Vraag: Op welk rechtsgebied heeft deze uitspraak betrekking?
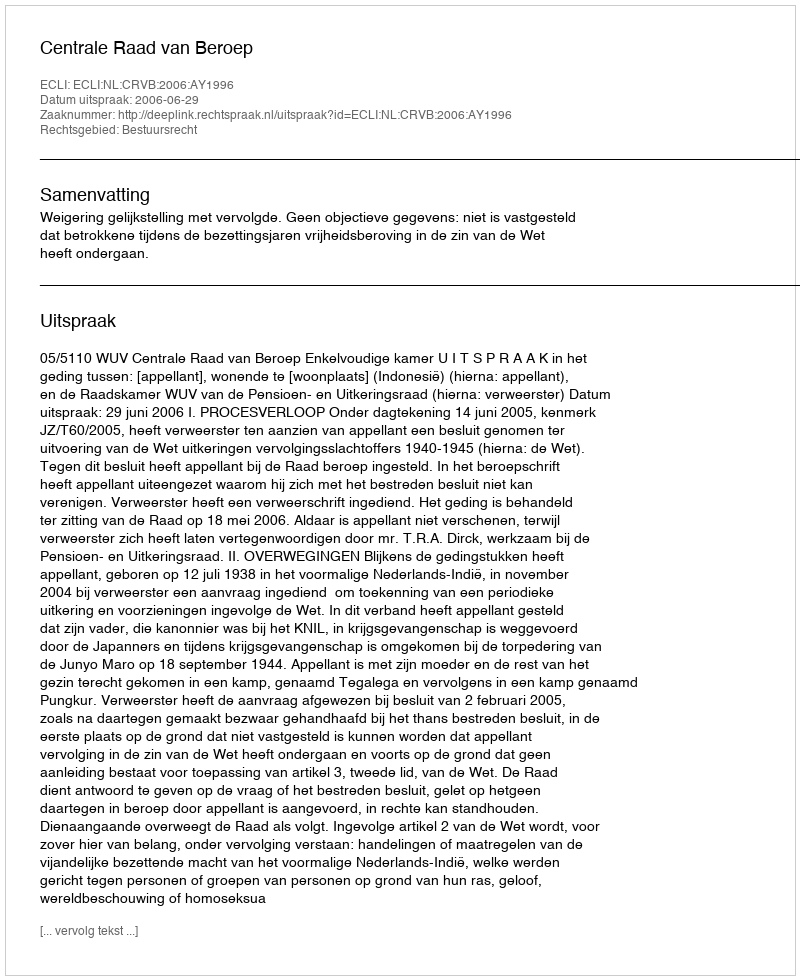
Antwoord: Bestuursrecht